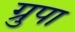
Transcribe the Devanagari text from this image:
ग्रुपा